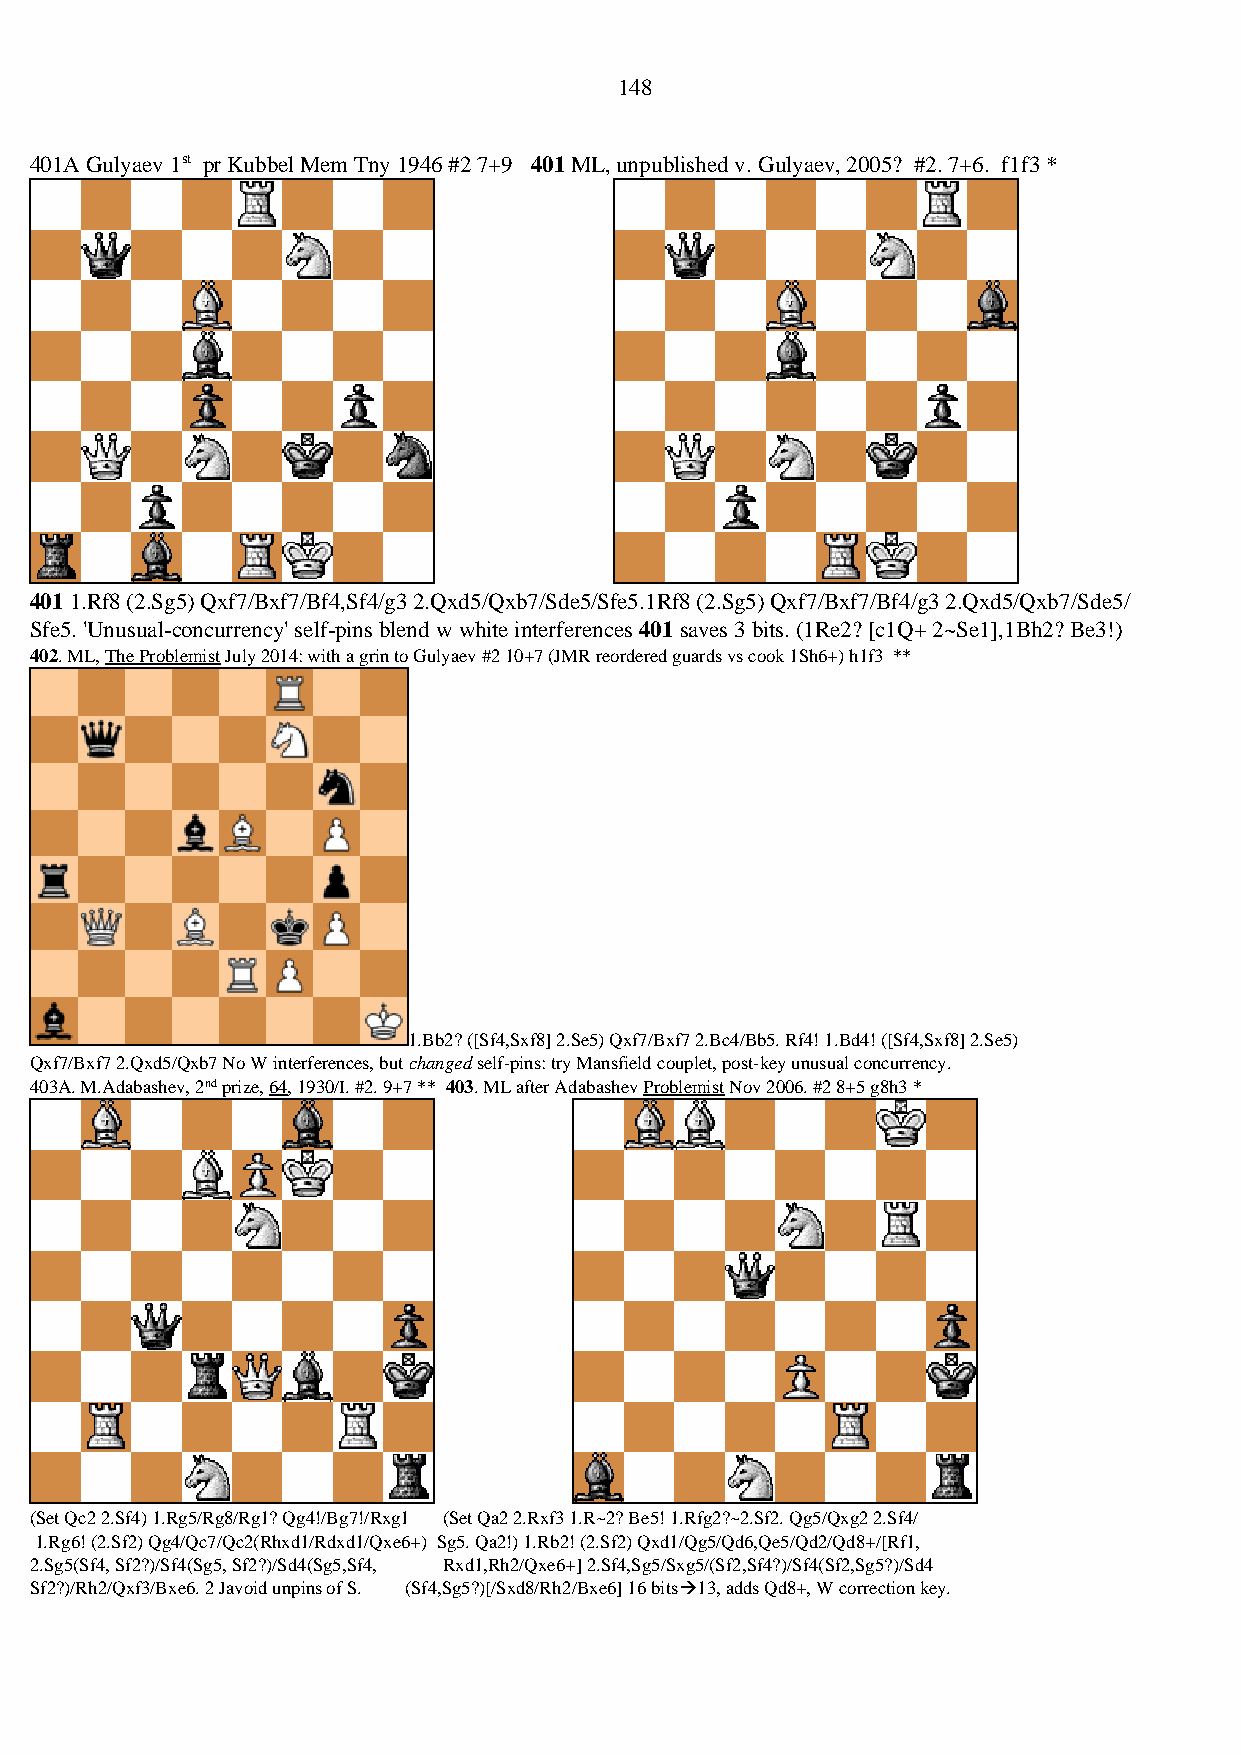
148
 401A Gulyaev 1st pr Kubbel Mem Tny 1946 #2 7+9 401 ML, unpublished v. Gulyaev, 2005? #2. 7+6. f1f3 *
 401 1.Rf8 (2.Sg5) Qxf7/Bxf7/Bf4,Sf4/g3 2.Qxd5/Qxb7/Sde5/Sfe5.1Rf8 (2.Sg5) Qxf7/Bxf7/Bf4/g3 2.Qxd5/Qxb7/Sde5/
 Sfe5. 'Unusual-concurrency' self-pins blend w white interferences 401 saves 3 bits. (1Re2? [c1Q+ 2~Se1],1Bh2? Be3!)
 402. ML, The Problemist July 2014: with a grin to Gulyaev #2 10+7 (JMR reordered guards vs cook 1Sh6+) h1f3 **
 1.Bb2? ([Sf4,Sxf8] 2.Se5) Qxf7/Bxf7 2.Bc4/Bb5. Rf4! 1.Bd4! ([Sf4,Sxf8] 2.Se5)
 Qxf7/Bxf7 2.Qxd5/Qxb7 No W interferences, but changed self-pins: try Mansfield couplet, post-key unusual concurrency.
 403A. M.Adabashev, 2nd prize, 64, 1930/I. #2. 9+7 ** 403. ML after Adabashev Problemist Nov 2006. #2 8+5 g8h3 *
 (Set Qc2 2.Sf4) 1.Rg5/Rg8/Rg1? Qg4!/Bg7!/Rxg1 (Set Qa2 2.Rxf3 1.R~2? Be5! 1.Rfg2?~2.Sf2. Qg5/Qxg2 2.Sf4/
 1.Rg6! (2.Sf2) Qg4/Qc7/Qc2(Rhxd1/Rdxd1/Qxe6+) Sg5. Qa2!) 1.Rb2! (2.Sf2) Qxd1/Qg5/Qd6,Qe5/Qd2/Qd8+/[Rf1,
 2.Sg5(Sf4, Sf2?)/Sf4(Sg5, Sf2?)/Sd4(Sg5,Sf4, Rxd1,Rh2/Qxe6+] 2.Sf4,Sg5/Sxg5/(Sf2,Sf4?)/Sf4(Sf2,Sg5?)/Sd4
 Sf2?)/Rh2/Qxf3/Bxe6. 2 Javoid unpins of S. (Sf4,Sg5?)[/Sxd8/Rh2/Bxe6] 16 bits→13, adds Qd8+, W correction key.